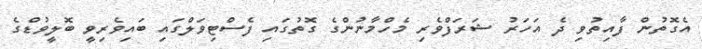
އެގޮތުން ފާއިތުވި ދެ އަހަރު ޝަރަފްވެރި މެހްމާނުންގެ ގޮތުގައި ފެސްޓިވަލްގައި ބައިވެރިވީ ބޮލީވުޑްގެ